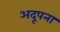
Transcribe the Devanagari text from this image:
अदूपना